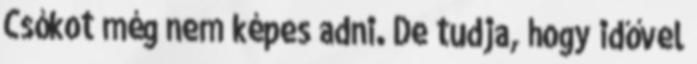
Csókot még nem képes adni. De tudja, hogy idővel